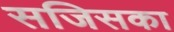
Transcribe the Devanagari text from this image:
सजिसका